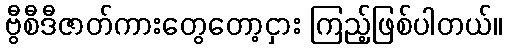
ဗွီစီဒီဇာတ်ကားတွေတော့ငှား ကြည့်ဖြစ်ပါတယ်။